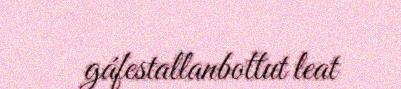
gáfestallanbottut leat